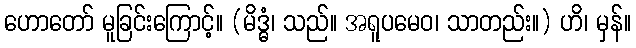
ဟောတော် မူခြင်းကြောင့်။ (မိဒ္ဓံ၊ သည်။ အရူပမေဝ၊ သာတည်း။) ဟိ၊ မှန်။